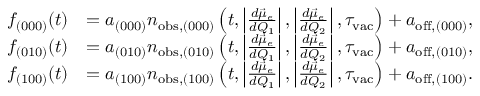
\begin{array} { r l } { f _ { ( 0 0 0 ) } ( t ) } & { = a _ { ( 0 0 0 ) } n _ { \mathrm { o b s } , ( 0 0 0 ) } \left( t , \left| \frac { d \vec { \mu } _ { e } } { d Q _ { 1 } } \right| , \left| \frac { d \vec { \mu } _ { e } } { d Q _ { 2 } } \right| , \tau _ { \mathrm { v a c } } \right) + a _ { \mathrm { o f f } , ( 0 0 0 ) } , } \\ { f _ { ( 0 1 0 ) } ( t ) } & { = a _ { ( 0 1 0 ) } n _ { \mathrm { o b s } , ( 0 1 0 ) } \left( t , \left| \frac { d \vec { \mu } _ { e } } { d Q _ { 1 } } \right| , \left| \frac { d \vec { \mu } _ { e } } { d Q _ { 2 } } \right| , \tau _ { \mathrm { v a c } } \right) + a _ { \mathrm { o f f } , ( 0 1 0 ) } , } \\ { f _ { ( 1 0 0 ) } ( t ) } & { = a _ { ( 1 0 0 ) } n _ { \mathrm { o b s } , ( 1 0 0 ) } \left( t , \left| \frac { d \vec { \mu } _ { e } } { d Q _ { 1 } } \right| , \left| \frac { d \vec { \mu } _ { e } } { d Q _ { 2 } } \right| , \tau _ { \mathrm { v a c } } \right) + a _ { \mathrm { o f f } , ( 1 0 0 ) } . } \end{array}